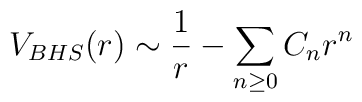
V_{BHS}(r)\sim {1\over r}-{\sum_{n\ge 0}C_nr^n}\qquad